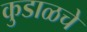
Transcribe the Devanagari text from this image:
कुडाळचे